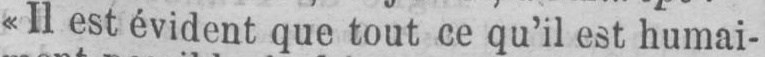
«Il est évident que tout ce qu’il est humai-